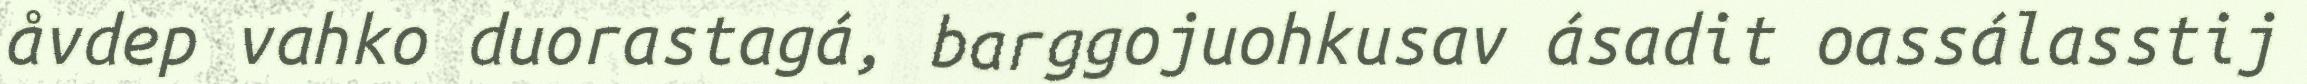
åvdep vahko duorastagá, barggojuohkusav ásadit oassálasstij